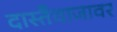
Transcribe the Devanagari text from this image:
दास्तैवाजावर